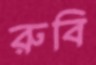
রুবি